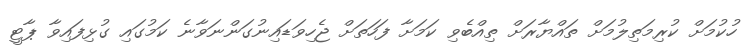
ހުކުމަށް ކުރިމަތިލުމަށް ތައްޔާރަށް ތިއްބެވި ކަމަށާ ފަހަތަށް ޖެހިވަޑައިނުގަންނަވާނެ ކަމުގައި ގުޅިފައިވާ ޕާޓީ